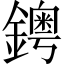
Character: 𨮁